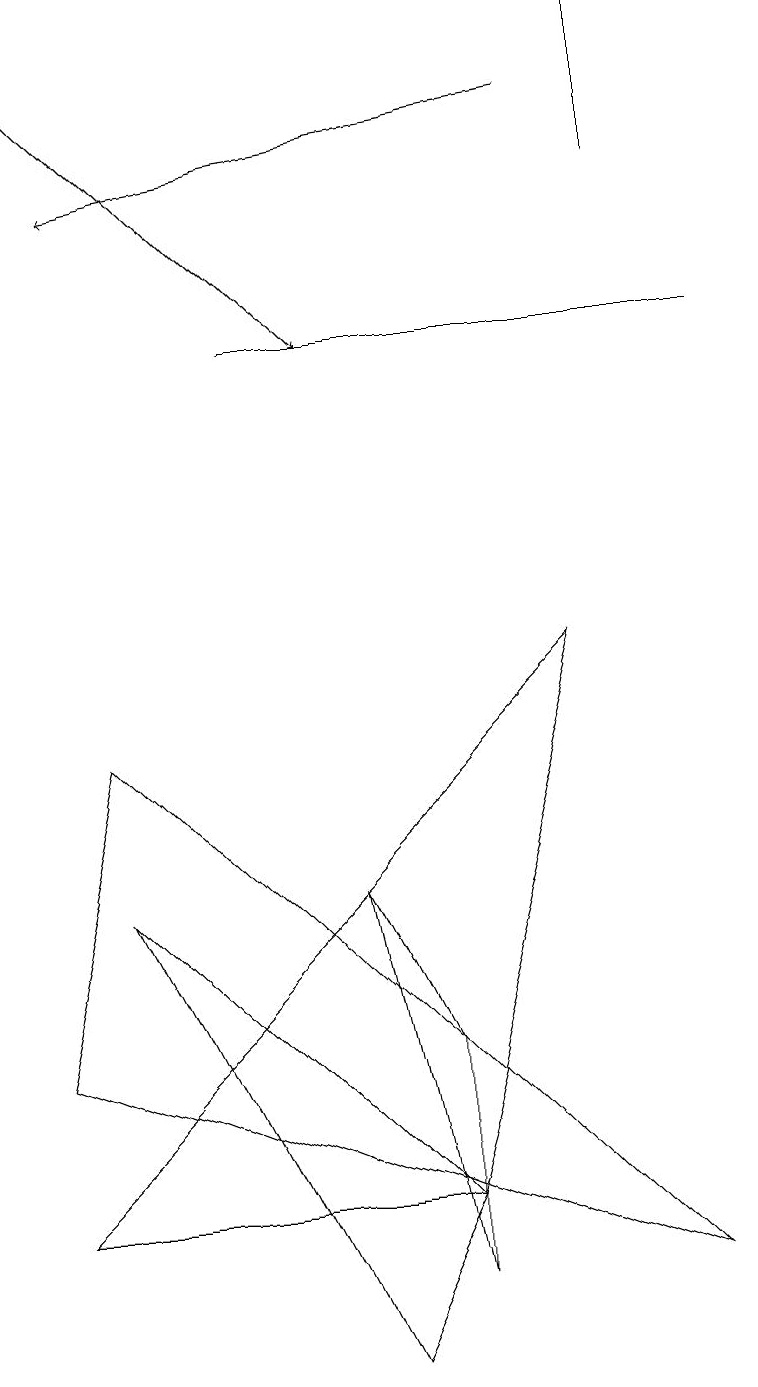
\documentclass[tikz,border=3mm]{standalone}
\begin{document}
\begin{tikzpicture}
\draw (9,13) rectangle (3,13);
\draw (8,15) rectangle (8,17);
\draw (5,4) -- (4,6) -- (5,1) -- cycle;
\draw (1,6) -- (5,2) -- (4,0) -- cycle;
\draw (5,2) -- (7,9) -- (0,2) -- cycle;
\draw[->] (7,16) -- (1,15);
\draw (1,8) -- (8,1) -- (0,4) -- cycle;
\draw[->] (0,17) -- (4,13);
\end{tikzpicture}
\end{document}